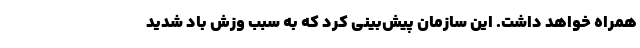
همراه خواهد داشت. این سازمان پیش‌بینی کرد که ‌به سبب وزش باد شدید